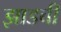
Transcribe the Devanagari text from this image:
झाडची